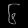
Digit: ၆